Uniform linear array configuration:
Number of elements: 8
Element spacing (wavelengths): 1
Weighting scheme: exponential
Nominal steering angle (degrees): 60
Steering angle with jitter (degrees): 60.967
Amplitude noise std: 0.05
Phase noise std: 0.05

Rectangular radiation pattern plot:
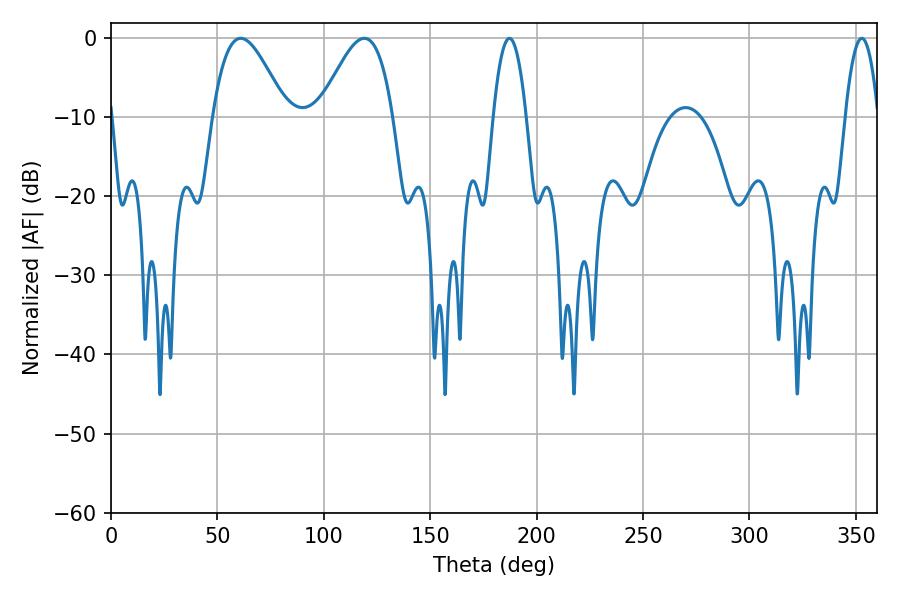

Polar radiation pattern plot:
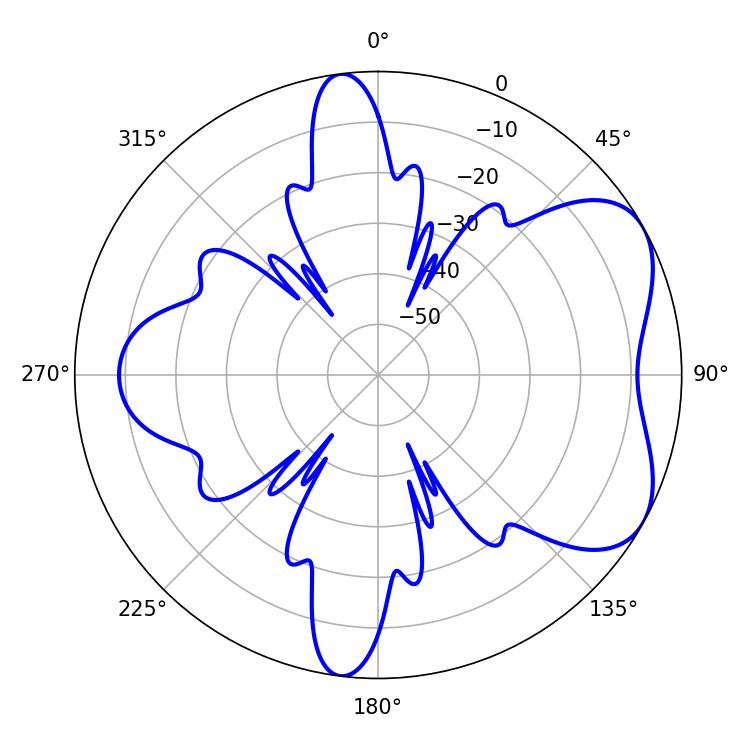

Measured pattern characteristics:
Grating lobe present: TRUE
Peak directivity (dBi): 5.556
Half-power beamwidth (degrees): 8.46
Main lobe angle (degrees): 187.2